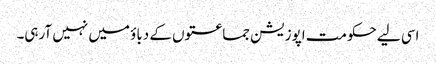
اسی لیے حکومت اپوزیشن جماعتوں کے دباؤ میں نہیں آرہی۔